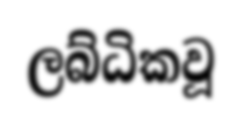
ලබ්ධිකවූ